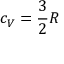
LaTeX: c _ { V } = { \frac { 3 } { 2 } } R